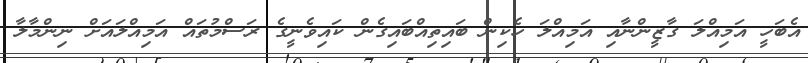
އެބަހީ އަމިއްލަ ގާޒީންނާއި އަމިއްލަ ހެކިން ބައިތިއްބައިގެން ކައިވެނީގެ ރަސްމުތައް އަމިއްލައަށް ނިންމާލާ